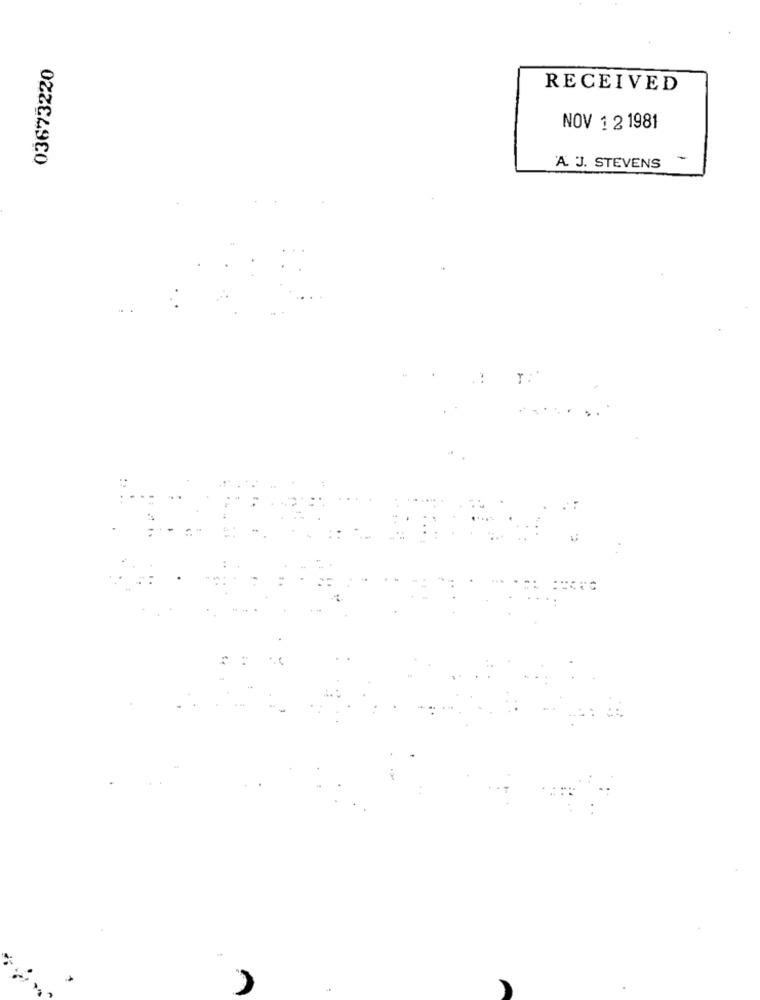
03673220
RECEIVED
NOV 1 2 1981
A J. STEVENS